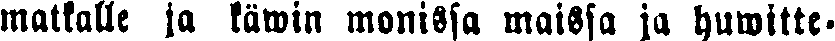
matkalle ja käwin monissa maissa ja huwitte-